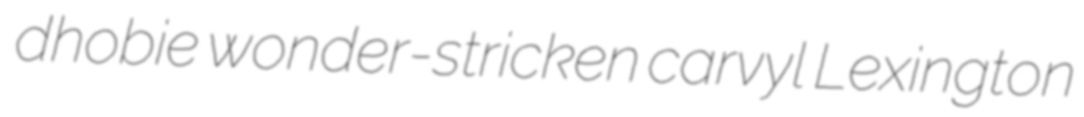
dhobie wonder-stricken carvyl Lexington